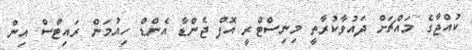
ކުއްޖާގެ މައްޗަށް ދައުވާކުރާތީ މިނިސްޓްރީ އޮފް ޖެންޑާ އެންޑް ހިއުމަން ރައިޓްސް އިން